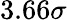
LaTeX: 3.66\sigma